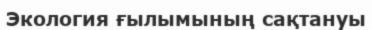
Экология ғылымының сақтануы